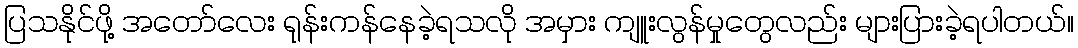
ပြသနိုင်ဖို့ အတော်လေး ရုန်းကန်နေခဲ့ရသလို အမှား ကျူးလွန်မှုတွေလည်း များပြားခဲ့ရပါတယ်။